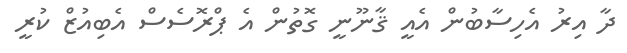
ދާ އިރު އެހިސާބުން އެއީ ޤާނޫނީ ގޮތުން އެ ޕްރޮސެސް އެބިއުޒް ކުރީ